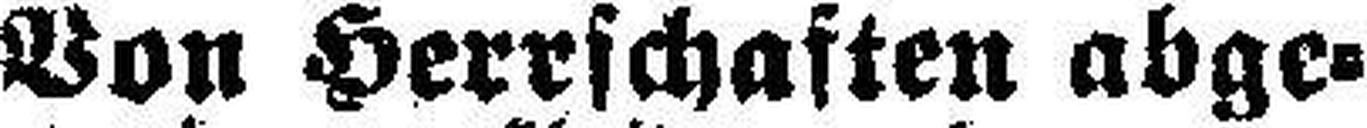
Von Herrschaften abge¬